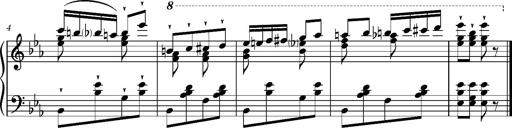
Title: Album-Leaves 'Grandes Galops chromatique'
Composer: Franz Liszt
Key: E-flat major